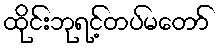
ထိုင်းဘုရင့်တပ်မတော်